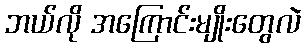
ဘယ်လို အကြောင်းမျိုးတွေလဲ